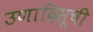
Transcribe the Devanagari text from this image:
उणादिसूची